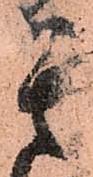
其